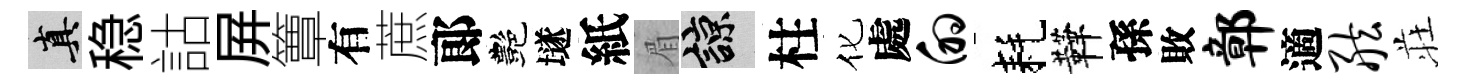
真稳詁屛簟有蔗郞艷𡑞紙眉諒柱化處的耗鞾孫敗鄣適舷荘